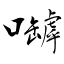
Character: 嚹